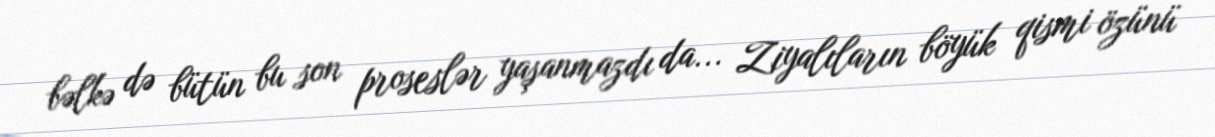
bəlkə də bütün bu son proseslər yaşanmazdı da... Ziyalıların böyük qismi özünü